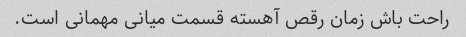
راحت باش زمان رقص آهسته قسمت میانی مهمانی است.